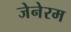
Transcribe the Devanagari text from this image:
जेनेरम